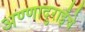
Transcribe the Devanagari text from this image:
अण्णादुराईंचे